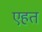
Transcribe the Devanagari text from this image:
एहत